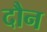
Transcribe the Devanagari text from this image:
दौन